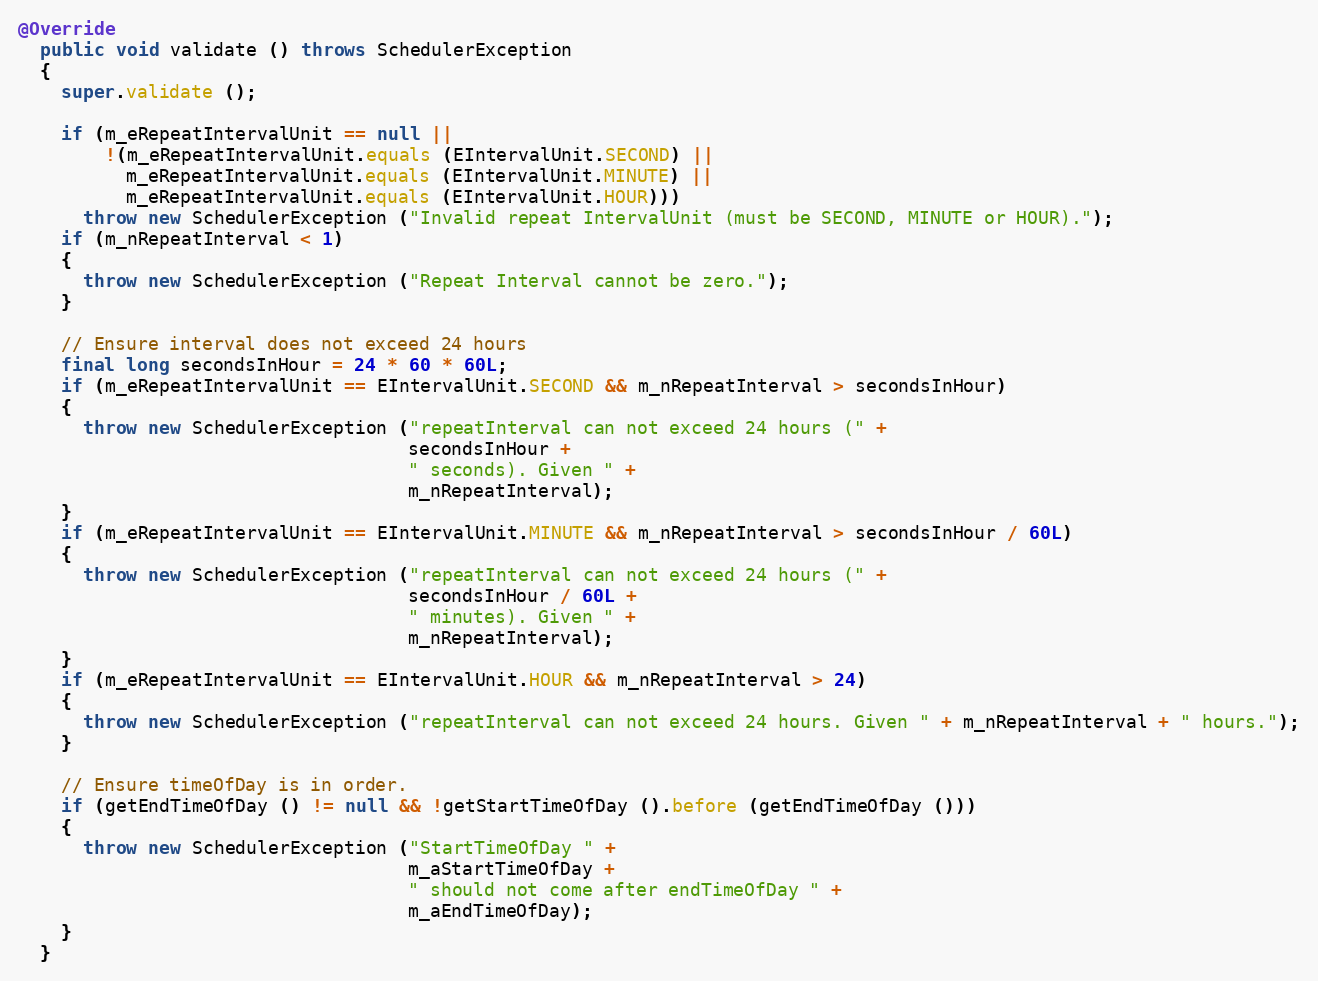
Language: Java
@Override
  public void validate () throws SchedulerException
  {
    super.validate ();

    if (m_eRepeatIntervalUnit == null ||
        !(m_eRepeatIntervalUnit.equals (EIntervalUnit.SECOND) ||
          m_eRepeatIntervalUnit.equals (EIntervalUnit.MINUTE) ||
          m_eRepeatIntervalUnit.equals (EIntervalUnit.HOUR)))
      throw new SchedulerException ("Invalid repeat IntervalUnit (must be SECOND, MINUTE or HOUR).");
    if (m_nRepeatInterval < 1)
    {
      throw new SchedulerException ("Repeat Interval cannot be zero.");
    }

    // Ensure interval does not exceed 24 hours
    final long secondsInHour = 24 * 60 * 60L;
    if (m_eRepeatIntervalUnit == EIntervalUnit.SECOND && m_nRepeatInterval > secondsInHour)
    {
      throw new SchedulerException ("repeatInterval can not exceed 24 hours (" +
                                    secondsInHour +
                                    " seconds). Given " +
                                    m_nRepeatInterval);
    }
    if (m_eRepeatIntervalUnit == EIntervalUnit.MINUTE && m_nRepeatInterval > secondsInHour / 60L)
    {
      throw new SchedulerException ("repeatInterval can not exceed 24 hours (" +
                                    secondsInHour / 60L +
                                    " minutes). Given " +
                                    m_nRepeatInterval);
    }
    if (m_eRepeatIntervalUnit == EIntervalUnit.HOUR && m_nRepeatInterval > 24)
    {
      throw new SchedulerException ("repeatInterval can not exceed 24 hours. Given " + m_nRepeatInterval + " hours.");
    }

    // Ensure timeOfDay is in order.
    if (getEndTimeOfDay () != null && !getStartTimeOfDay ().before (getEndTimeOfDay ()))
    {
      throw new SchedulerException ("StartTimeOfDay " +
                                    m_aStartTimeOfDay +
                                    " should not come after endTimeOfDay " +
                                    m_aEndTimeOfDay);
    }
  }